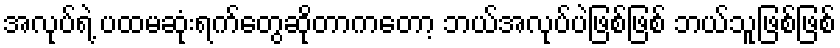
အလုပ်ရဲ့ ပထမဆုံးရက်တွေဆိုတာကတော့ ဘယ်အလုပ်ပဲဖြစ်ဖြစ် ဘယ်သူဖြစ်ဖြစ်